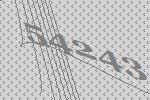
54243